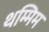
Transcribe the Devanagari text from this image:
थम्मिम